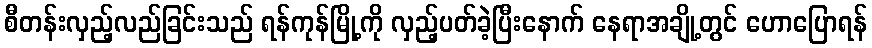
စီတန်းလှည့်လည်ခြင်းသည် ရန်ကုန်မြို့ကို လှည့်ပတ်ခဲ့ပြီးနောက် နေရာအချို့တွင် ဟောပြောရန်